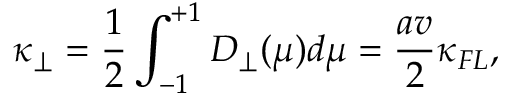
\kappa _ { \perp } = \frac { 1 } { 2 } \int _ { - 1 } ^ { + 1 } D _ { \perp } ( \mu ) d \mu = \frac { a v } { 2 } \kappa _ { F L } ,